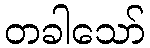
တခါသော်